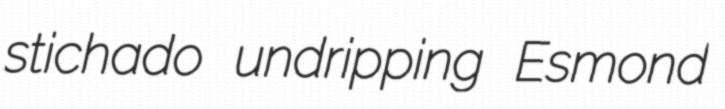
stichado undripping Esmond